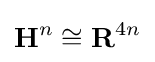
\mathbf {H} ^{n}\cong \mathbf {R} ^{4n}